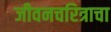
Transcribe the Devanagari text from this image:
जीवनचरित्राचा